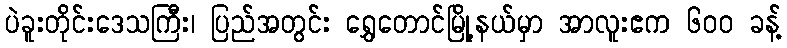
ပဲခူးတိုင်းဒေသကြီး၊ ပြည်အတွင်း ရွှေတောင်မြို့နယ်မှာ အာလူးဧက ၆၀၀ ခန့်